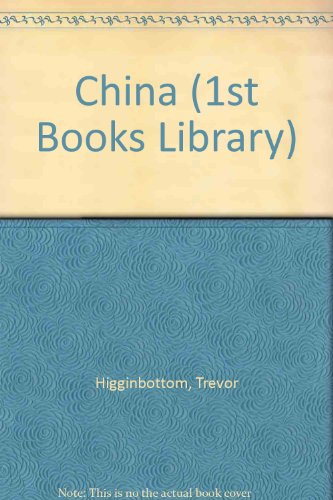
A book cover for China (1st Books Library); Trevor Higginbottom; Teen & Young Adult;